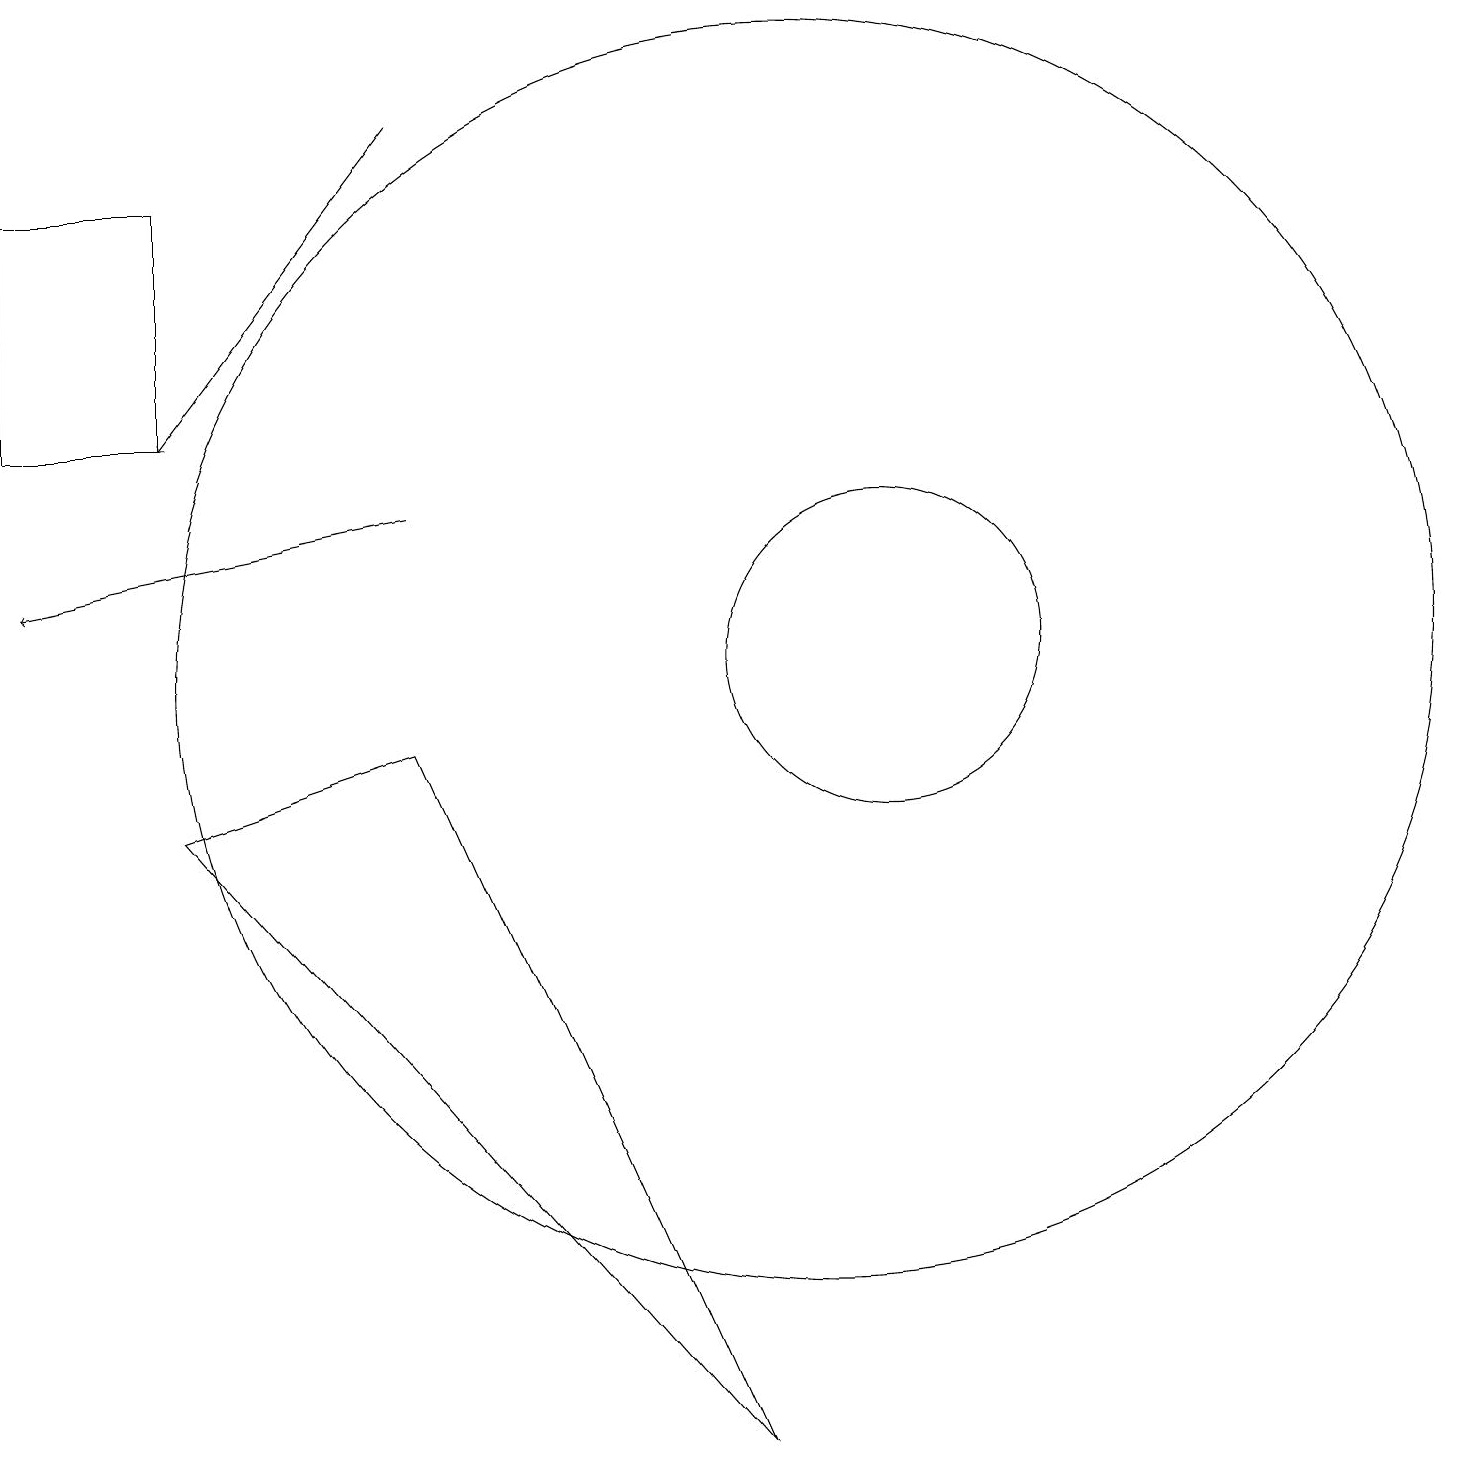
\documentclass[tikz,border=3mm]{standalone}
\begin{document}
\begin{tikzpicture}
\draw[->] (5,17) -- (2,13);
\draw (10,10) circle (8);
\draw[->] (5,12) -- (0,11);
\draw (11,10) circle (2);
\draw (5,9) -- (9,0) -- (2,8) -- cycle;
\draw (2,13) rectangle (0,16);
\draw (10,10) circle (0);
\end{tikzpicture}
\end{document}